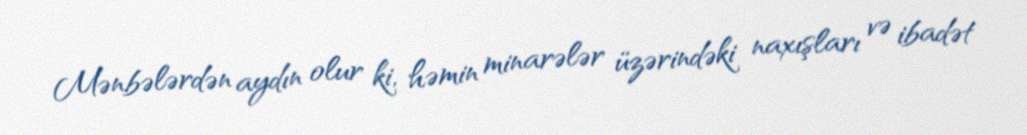
Mənbələrdən aydın olur ki, həmin minarələr üzərindəki naxışları və ibadət